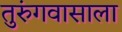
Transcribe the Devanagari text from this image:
तुरुंगवासाला